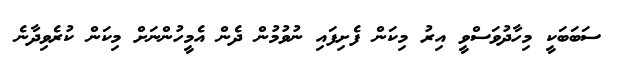
ސަބަބަކީ މިހާދުވަސްވީ އިރު މިކަން ފެށިފައި ނުވުމުން ދެން އެމީހުންނަށް މިކަން ކުރެވިދާނެ